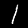
Digit: 1